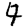
Digit: 4